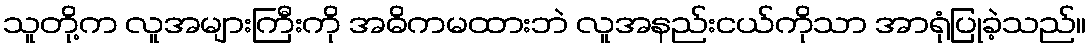
သူတို့က လူအများကြီးကို အဓိကမထားဘဲ လူအနည်းငယ်ကိုသာ အာရုံပြုခဲ့သည်။